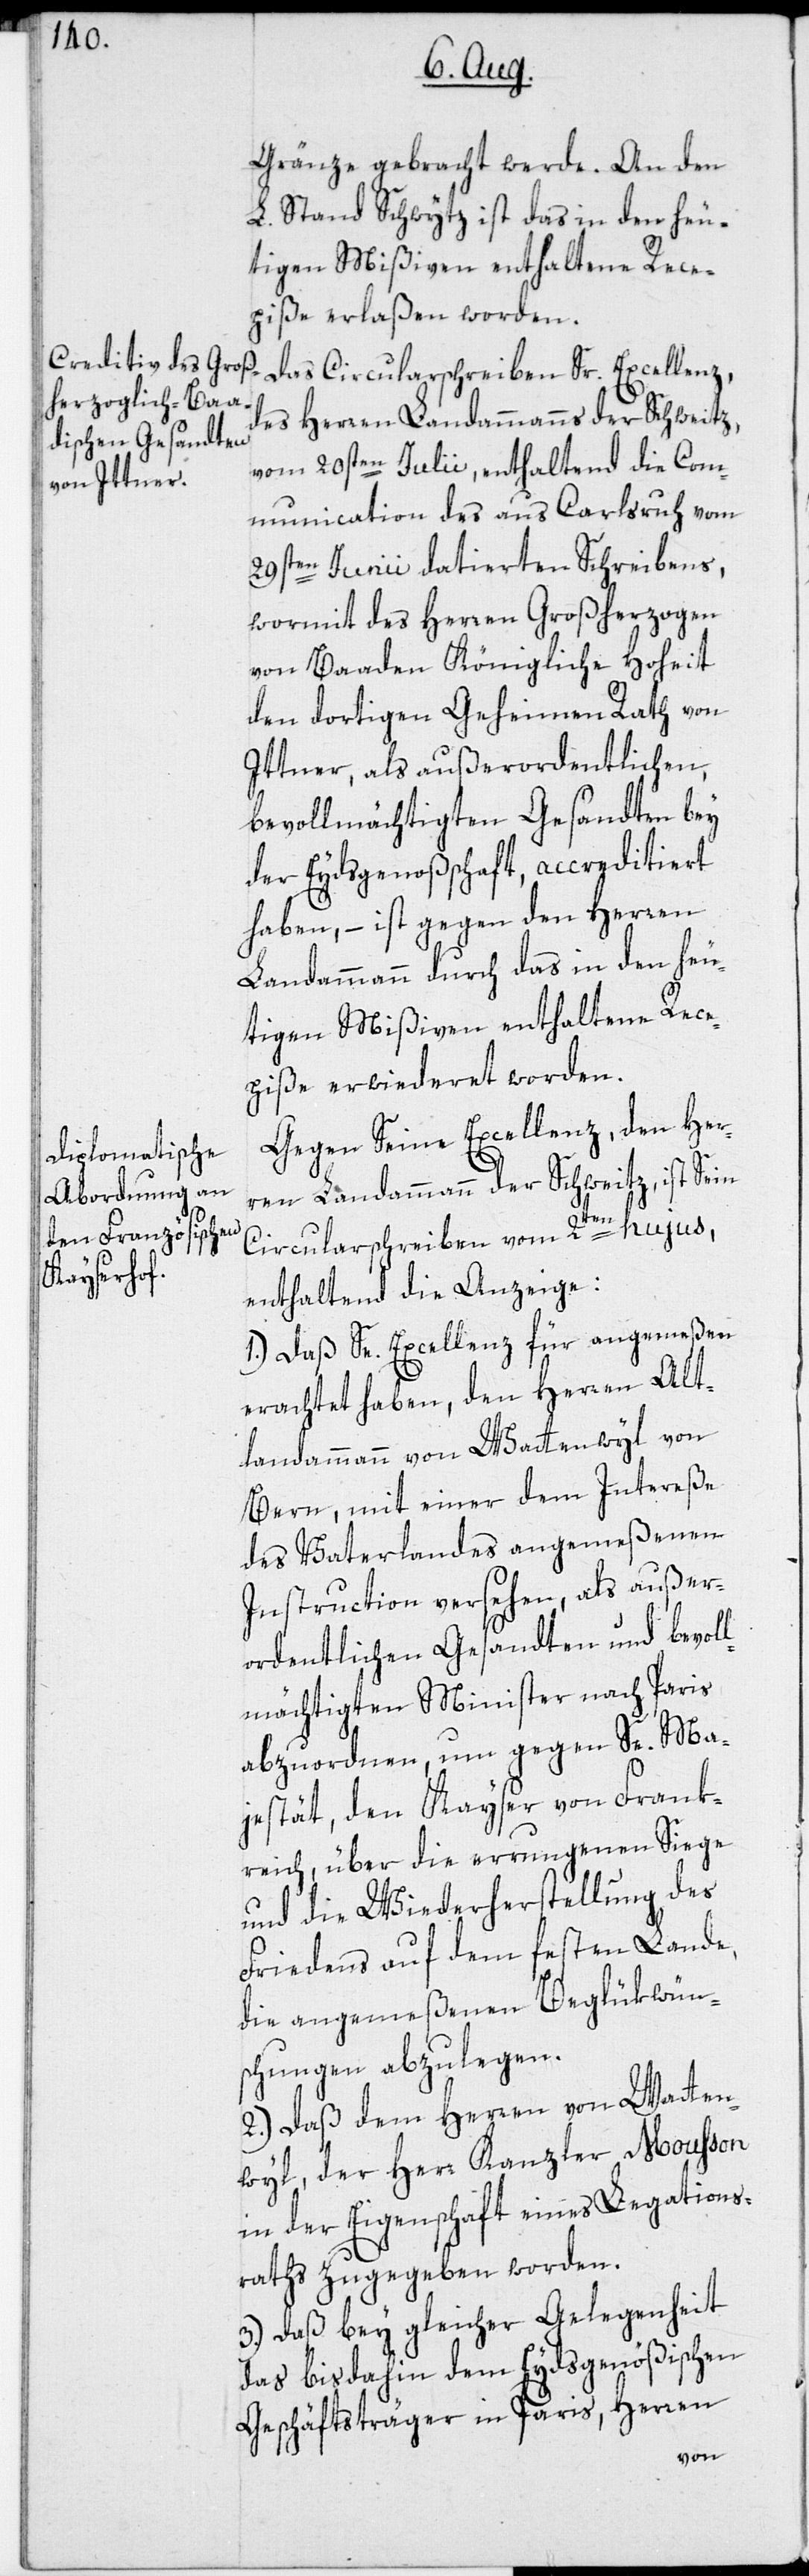
Gränze gebracht werde. An den
L. Stand Schwytz ist das in den heu¬
tigen Mißiven enthaltene Rece¬
piße erlaßen worden.
Das Circularschreiben Sr. Excellenz,
des Herren Landammanns der Schweitz,
vom 20sten Julii, enthaltend die Com¬
munication des aus Carlsruh vom
29sten Junii datierten Schreibens,
wormit des Herren Großherzogen
von Baaden Königliche Hoheit
den dortigen Geheimen Rath von
Ittner, als außerordentlichen,
bevollmächtigten Gesandten bey
der Eydsgenoßschaft, accreditiert
haben, – ist gegen den Herren
Landammann durch das in den heu¬
tigen Mißiven enthaltene Rece¬
piße erwiederet worden.
Gegen Seine Excellenz, den Her¬
ren Landammann der Schweitz, ist Sein
Circularschreiben vom 2ten hujus,
enthaltend die Anzeige:
1.) Daß Se. Excellenz für angemeßen
erachtet haben, den Herren Alt¬
landammann von Wattenwyl von
Bern, mit einer dem Intereße
des Vaterlandes angemeßenen
Instruction versehen, als außer¬
ordentlichen Gesandten und bevoll¬
mächtigten Minister nach Paris
abzuordnen, um gegen Se. Ma¬
jestät, den Kayser von Frank¬
reich, über die errungenen Siege
und die Wiederherstellung des
Friedens auf dem festen Lande,
die angemeßenen Beglükwün¬
schungen abzulegen.
2.) Daß dem Herren von Watten¬
wyl, der Herr Kanzler Mousson
in der Eigenschaft eines Legations¬
raths zugegeben worden.
3.) Daß bey gleicher Gelegenheit
das bis dahin dem Eydsgenößischen
Geschäftsträger in Paris, Herren